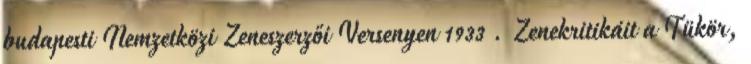
budapesti Nemzetközi Zeneszerzői Versenyen 1933 . Zenekritikáit a Tükör,